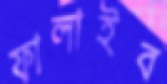
ফালাইব